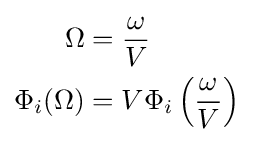
{\begin{aligned}\Omega &={\frac {\omega }{V}}\\\Phi _{i}(\Omega )&=V\Phi _{i}\left({\frac {\omega }{V}}\right)\end{aligned}}